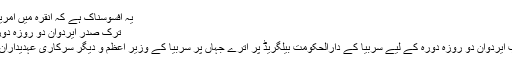
یہ افسوسناک ہے کہ انقرہ میں امریکا سفیر نے یہ قدم…
ترک صدر ایردوان دو روزہ دورہ پر سربیا پہنچ گئے
ترک صدر رجب طیب ایردوان دو روزہ دورہ کے لیے سربیا کے دارالحکومت بیلگریڈ پر اترے جہاں پر سربیا کے وزیر اعظم و دیگر سرکاری عہدیداران نے ان کا استقبال کیا۔